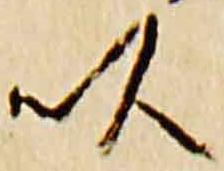
以